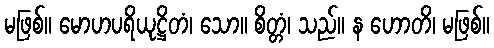
မဖြစ်။ မောဟပရိယုဋ္ဌိတံ၊ သော။ စိတ္တံ၊ သည်။ န ဟောတိ၊ မဖြစ်။